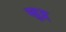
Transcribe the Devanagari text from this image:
खुद्र